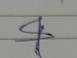
Signature authenticity: forged